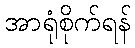
အာရုံစိုက်ရန်